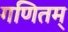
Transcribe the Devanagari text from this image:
गणितम्